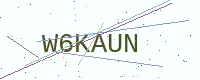
Text: W6KAUN